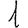
Digit: 1